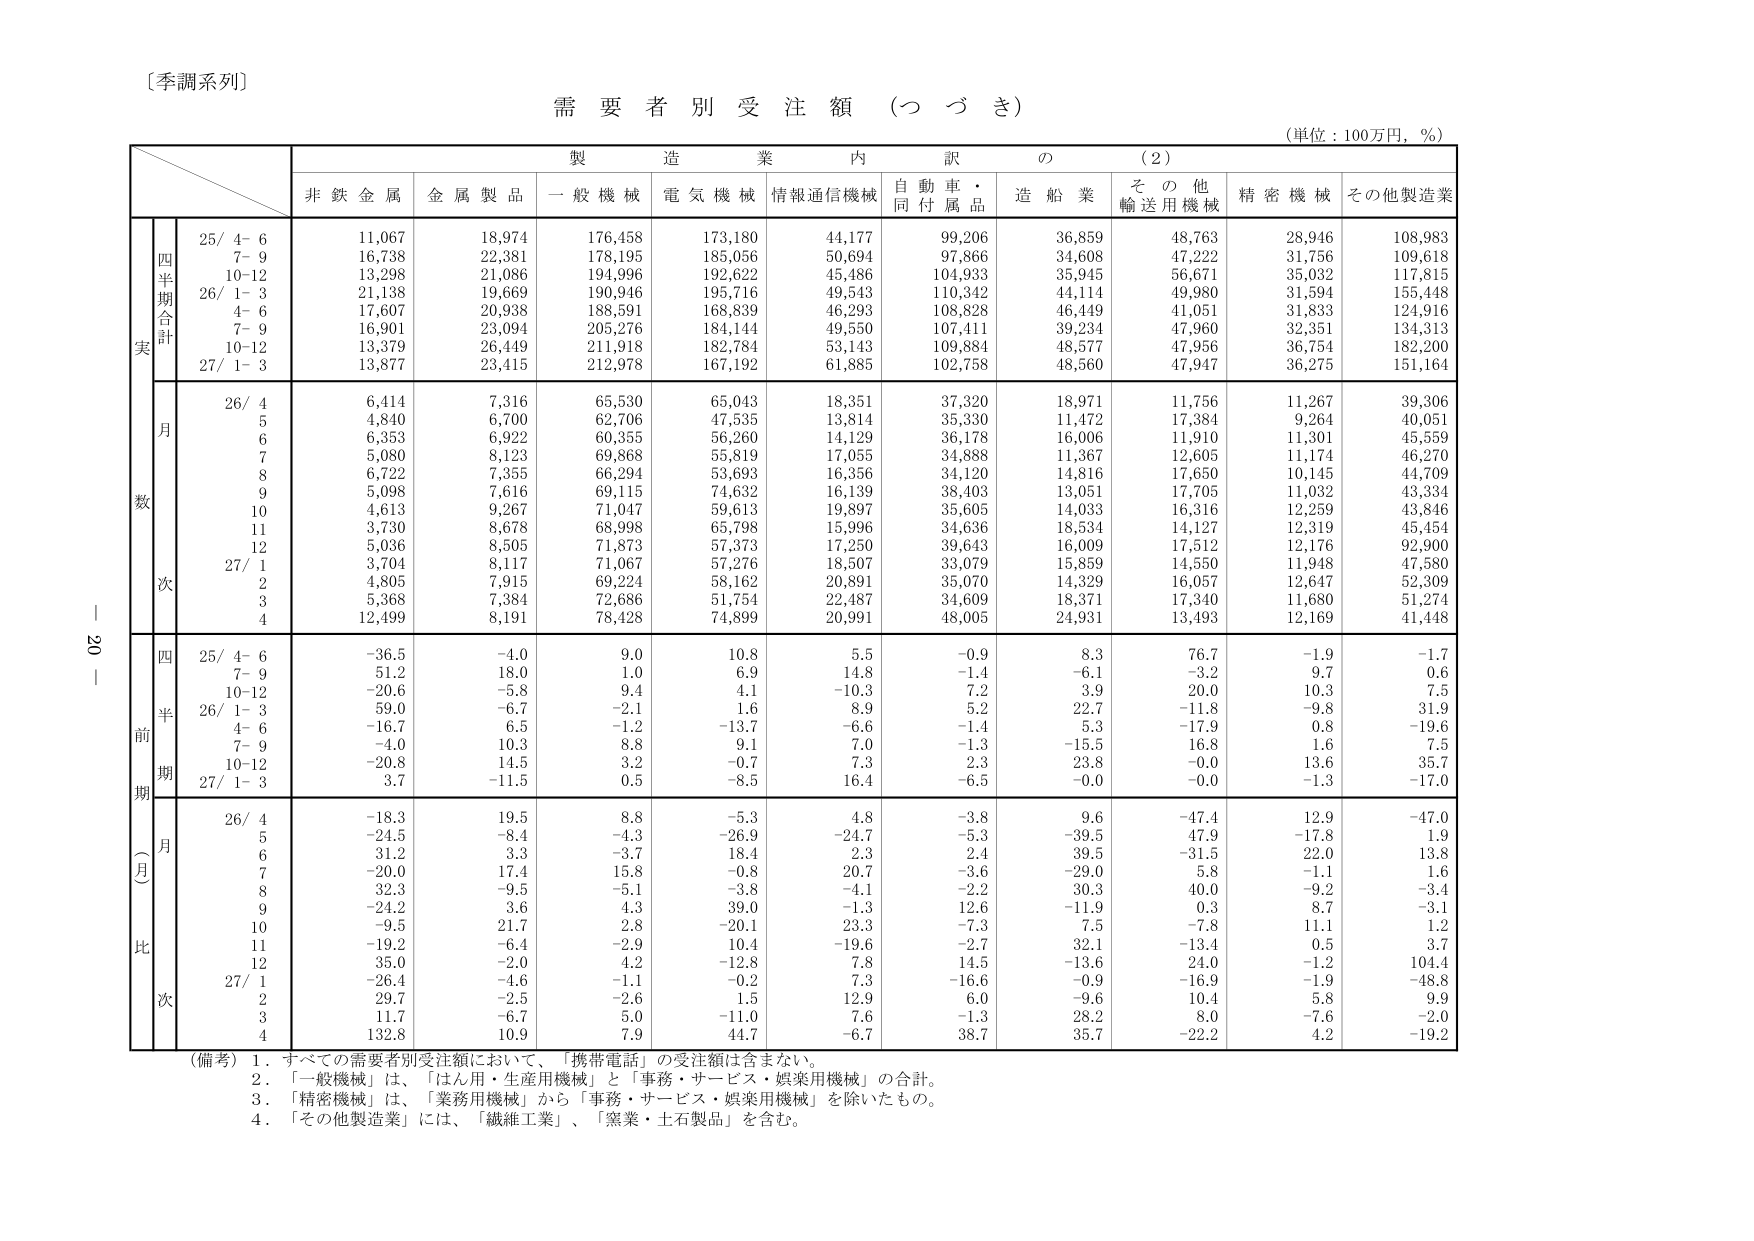
〔季調系列〕

需要者別受注額（つづき）

（単位：100万円，％）

製造業内訳の（2）

非鉄金属　金属製品　一般機械　電気機械　情報通信機械　自動車・同付属品　造船業　その他輸送用機械　精密機械　その他製造業

四半期合計
実
25/ 4- 6　　11,067　　18,974　　176,458　　173,180　　44,177　　99,206　　36,859　　48,763　　28,946　　108,983
　　7- 9　　16,738　　22,381　　178,195　　185,056　　50,694　　97,866　　34,608　　47,222　　31,756　　109,618
　　10-12　　13,298　　21,086　　194,996　　192,622　　45,486　　104,933　　35,945　　56,671　　35,032　　117,815
26/ 1- 3　　21,138　　19,669　　190,946　　195,716　　49,543　　110,342　　44,114　　49,980　　31,594　　155,448
　　4- 6　　17,607　　20,938　　188,591　　168,839　　46,293　　108,828　　46,449　　41,051　　31,833　　124,916
　　7- 9　　16,901　　23,094　　205,276　　184,144　　49,550　　107,411　　39,234　　47,960　　32,351　　134,313
　　10-12　　13,379　　26,449　　211,918　　182,784　　53,143　　109,884　　48,577　　47,956　　36,754　　182,200
27/ 1- 3　　13,877　　23,415　　212,978　　167,192　　61,885　　102,758　　48,560　　47,947　　36,275　　151,164

月
数
26/ 4　　6,414　　7,316　　65,530　　65,043　　18,351　　37,320　　18,971　　11,756　　11,267　　39,306
　　5　　4,840　　6,700　　62,706　　47,535　　13,814　　35,330　　11,472　　17,384　　9,264　　40,051
　　6　　6,353　　6,922　　60,355　　56,260　　14,129　　36,178　　16,006　　11,910　　11,301　　45,559
　　7　　5,080　　8,123　　69,868　　55,819　　17,055　　34,888　　11,367　　12,605　　11,174　　46,270
　　8　　6,722　　7,355　　66,294　　53,693　　16,356　　34,120　　14,816　　17,650　　10,145　　44,709
　　9　　5,098　　7,616　　69,115　　74,632　　16,139　　38,403　　13,051　　17,705　　11,032　　43,334
　　10　　4,613　　9,267　　71,047　　59,613　　19,897　　35,605　　14,033　　16,316　　12,259　　43,846
　　11　　3,730　　8,678　　68,998　　65,798　　15,996　　34,636　　18,534　　14,127　　12,319　　45,454
　　12　　5,036　　8,505　　71,873　　57,373　　17,250　　39,643　　16,009　　17,512　　12,176　　92,900
27/ 1　　3,704　　8,117　　71,067　　57,276　　18,507　　33,079　　15,859　　14,550　　11,948　　47,580
　　2　　4,805　　7,915　　69,224　　58,162　　20,891　　35,070　　14,329　　16,057　　12,647　　52,309
　　3　　5,368　　7,384　　72,686　　51,754　　22,487　　34,609　　18,371　　17,340　　11,680　　51,274
　　4　　12,499　　8,191　　78,428　　74,899　　20,991　　48,005　　24,931　　13,493　　12,169　　41,448

四半期
前
期
（月）
比
25/ 4- 6　　-36.5　　-4.0　　9.0　　10.8　　5.5　　-0.9　　8.3　　76.7　　-1.9　　-1.7
　　7- 9　　51.2　　18.0　　1.0　　6.9　　14.8　　-1.4　　-6.1　　-3.2　　9.7　　0.6
　　10-12　　-20.6　　-5.8　　9.4　　4.1　　-10.3　　7.2　　3.9　　20.0　　10.3　　7.5
26/ 1- 3　　59.0　　-6.7　　-2.1　　1.6　　8.9　　5.2　　22.7　　-11.8　　-9.8　　31.9
　　4- 6　　-16.7　　6.5　　-1.2　　-13.7　　-6.6　　-1.4　　5.3　　-17.9　　0.8　　-19.6
　　7- 9　　-4.0　　10.3　　8.8　　9.1　　7.0　　-1.3　　-15.5　　16.8　　1.6　　7.5
　　10-12　　-20.8　　14.5　　3.2　　-0.7　　7.3　　2.3　　23.8　　-0.0　　13.6　　35.7
27/ 1- 3　　3.7　　-11.5　　0.5　　-8.5　　16.4　　-6.5　　-0.0　　-0.0　　-1.3　　-17.0

月
比
26/ 4　　-18.3　　19.5　　8.8　　-5.3　　4.8　　-3.8　　9.6　　-47.4　　12.9　　-47.0
　　5　　-24.5　　-8.4　　-4.3　　-26.9　　-24.7　　-5.3　　-39.5　　47.9　　-17.8　　1.9
　　6　　31.2　　3.3　　-3.7　　18.4　　2.3　　2.4　　39.5　　-31.5　　22.0　　13.8
　　7　　-20.0　　17.4　　15.8　　-0.8　　20.7　　-3.6　　-29.0　　5.8　　-1.1　　1.6
　　8　　32.3　　-9.5　　-5.1　　-3.8　　-4.1　　-2.2　　30.3　　40.0　　-9.2　　-3.4
　　9　　-24.2　　3.6　　4.3　　39.0　　-1.3　　12.6　　-11.9　　0.3　　8.7　　-3.1
　　10　　-9.5　　21.7　　2.8　　-20.1　　23.3　　-7.3　　7.5　　-7.8　　11.1　　1.2
　　11　　-19.2　　-6.4　　-2.9　　10.4　　-19.6　　-2.7　　32.1　　-13.4　　0.5　　3.7
　　12　　35.0　　-2.0　　4.2　　-12.8　　7.8　　14.5　　-13.6　　24.0　　-1.2　　104.4
27/ 1　　-26.4　　-4.6　　-1.1　　-0.2　　7.3　　-16.6　　-0.9　　-16.9　　-1.9　　-48.8
　　2　　29.7　　-2.5　　-2.6　　1.5　　12.9　　6.0　　-9.6　　10.4　　5.8　　9.9
　　3　　11.7　　-6.7　　5.0　　-11.0　　7.6　　-1.3　　28.2　　8.0　　-7.6　　-2.0
　　4　　132.8　　10.9　　7.9　　44.7　　-6.7　　38.7　　35.7　　-22.2　　4.2　　-19.2

（備考）1．すべての需要者別受注額において、「携帯電話」の受注額は含まない。
　　　2．「一般機械」は、「はん用・生産用機械」と「事務・サービス・娯楽用機械」の合計。
　　　3．「精密機械」は、「業務用機械」から「事務・サービス・娯楽用機械」を除いたもの。
　　　4．「その他製造業」には、「繊維工業」、「窯業・土石製品」を含む。